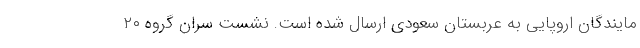
مایندگان اروپایی به عربستان سعودی ارسال شده است. نشست سران گروه ۲۰